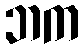
ဘက